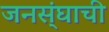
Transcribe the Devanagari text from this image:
जनस्ंघाची